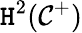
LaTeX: \mathtt{H}^{2}(\mathcal{{C}}^{+})